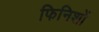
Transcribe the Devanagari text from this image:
फिनिशों